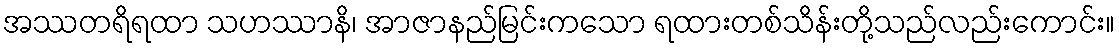
အဿတရိရထာ သဟဿာနိ၊ အာဇာနည်မြင်းကသော ရထားတစ်သိန်းတို့သည်လည်းကောင်း။